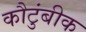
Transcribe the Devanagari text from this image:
कौटुंबीक